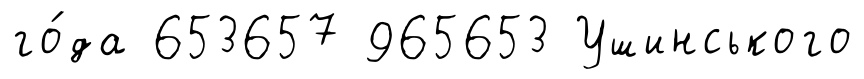
го́да 653657 965653 Ушинського